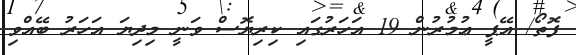
ފޮތޯ/ އޭޕީ ޢުމުރުން 19 އަހަރުގައި ކިރިޔޮސް ވަނީ މިދިޔަ އަހަރު ބޭއްވި